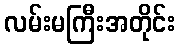
လမ်းမကြီးအတိုင်း